Senior Leaving Certificate Examination (including Day School Certificate (Higher) General paper), 1947
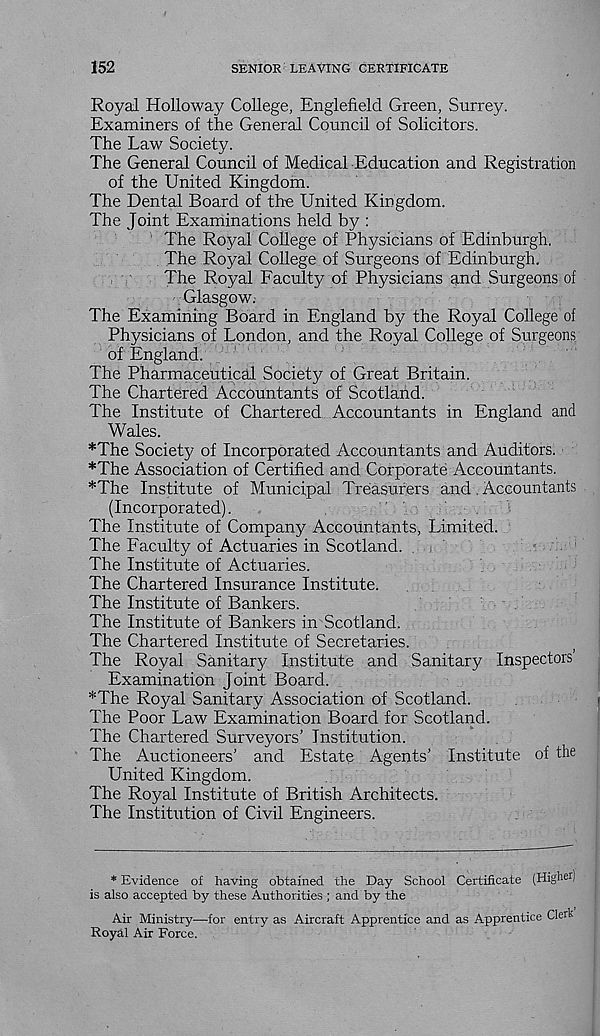
152
SENIOR LEAVING CERTIFICATE
Royal Holloway College, Englefield Green, Surrey.
Examiners of the General Council of Solicitors.
The Law Society.
The General Council of Medical Education and Registration
of the United Kingdom.
The Dental Board of the United Kingdom.
The Joint Examinations held by :
The Royal College of Physicians of Edinburgh.
The Royal College of Surgeons of Edinburgh.
The Royal Faculty of Physicians and Surgeons of
Glasgow.
The Examining Board in England by the Royal College of
Physicians of London, and the Royal College of Surgeons
of England.
The Pharmaceutical Society of Great Britain.
The Chartered Accountants of Scotland.
The Institute of Chartered Accountants in England and
Wales.
*The Society of Incorporated Accountants and Auditors.
*The Association of Certified and Corporate Accountants.
*The Institute of Municipal Treasurers and. Accountants
(Incorporated).
The Institute of Company Accountants, Limited.
The Faculty of Actuaries in Scotland.
The Institute of Actuaries.
The Chartered Insurance Institute.
The Institute of Bankers.
The Institute of Bankers in Scotland.
The Chartered Institute of Secretaries.
The Royal Sanitary Institute and Sanitary Inspectors
Examination Joint Board.
*The Royal Sanitary Association of Scotland.
The Poor Law Examination Board for Scotland.
The Chartered Surveyors’ Institution.
The Auctioneers’ and Estate Agents’ Institute of the
United Kingdom.
The Royal Institute of British Architects.
The Institution of Civil Engineers.
* Evidence of having obtained the Day School Certificate (High er /
is also accepted by these Authorities ; and by the
Air Ministry—for entry as Aircraft Apprentice and as Apprentice Clerk
Royal Air Force.